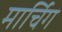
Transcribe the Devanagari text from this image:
मार्चिग